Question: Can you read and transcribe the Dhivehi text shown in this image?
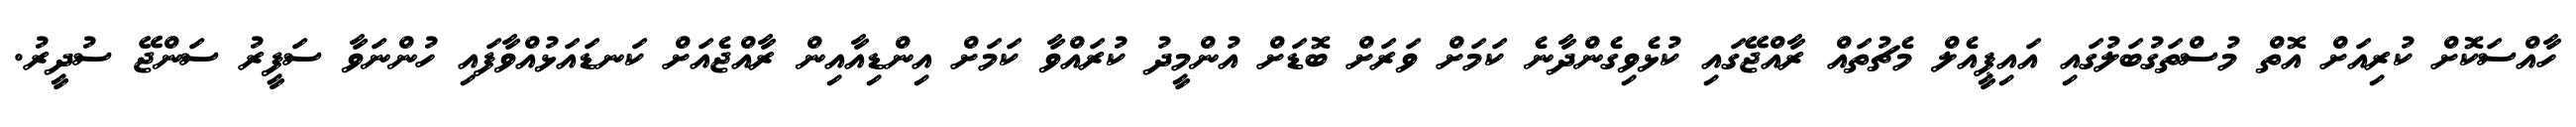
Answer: ހާއްސަކޮށް ކުރިއަށް އޮތް މުސްތަގުބަލުގައި އައިޕީއެލް މެޗުތައް ރާއްޖޭގައި ކުޅެވިގެންދާނެ ކަމަށް ވަރަށް ބޮޑަށް އުންމީދު ކުރައްވާ ކަމަށް އިންޑިއާއިން ރާއްޖެއަށް ކަނޑައަޅުއްވާފައި ހުންނަވާ ސަފީރު ސަންޖޭ ސުދީރު.